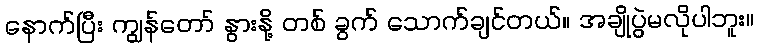
နောက်ပြီး ကျွန်တော် နွားနို့ တစ် ခွက် သောက်ချင်တယ်။ အချိုပွဲမလိုပါဘူး။